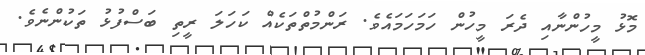
މޮޅު މީހުންނާއި ދެރަ މީހުން ހަމަހަމައެވެ. ރަންމުތްތަކެއް ކަހަލަ ރީތި ބަސްފުޅު ތަކުންނެވެ.